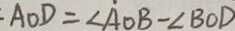
- A O D = \angle A O B - \angle B O D